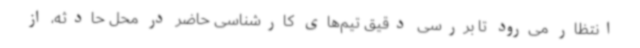
انتظار می‌رود تا بررسی دقیق تیم‌های کارشناسی حاضر در محل حادثه، از